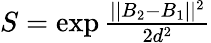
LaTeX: \begin{array}{r}{S=\exp{\frac{||B_{2}-B_{1}||^{2}}{2d^{2}}}}\end{array}